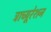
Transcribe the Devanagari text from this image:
ट्राच्यूरेशन